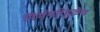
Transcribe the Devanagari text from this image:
निर्भयतेमुळेच